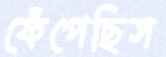
ফেঁপেছিস